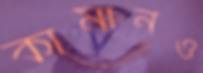
কামানও